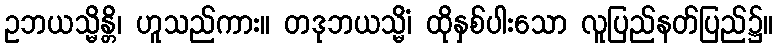
ဥဘယသ္မိန္တိ၊ ဟူသည်ကား။ တဒုဘယသ္မိံ၊ ထိုနှစ်ပါးသော လူပြည်နတ်ပြည်၌။